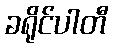
ခရိုင်ပါတီ